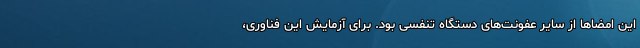
این امضاها از سایر عفونت‌های دستگاه تنفسی بود. برای آزمایش این فناوری،